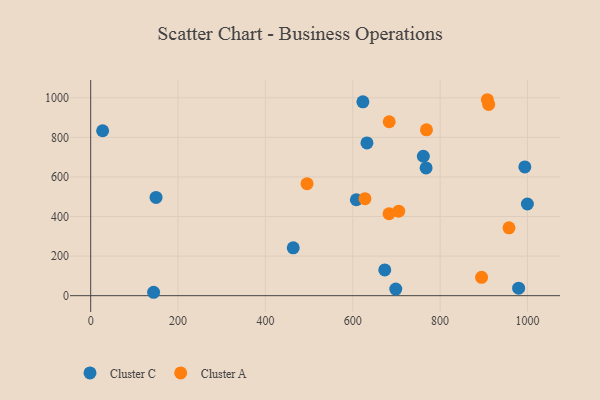
{"axis": {"x": "Experience", "y": "Sales"}, "legend": ["Cluster A", "Cluster C"], "data": [{"x": "673.3", "y": 130.3, "type": "Cluster C"}, {"x": "979.8", "y": 38.1, "type": "Cluster C"}, {"x": "632.5", "y": 771.7, "type": "Cluster C"}, {"x": "999.8", "y": 463.2, "type": "Cluster C"}, {"x": "608.2", "y": 484.6, "type": "Cluster C"}, {"x": "149.6", "y": 496.6, "type": "Cluster C"}, {"x": "463.7", "y": 241.7, "type": "Cluster C"}, {"x": "698.5", "y": 33.3, "type": "Cluster C"}, {"x": "767.9", "y": 645.7, "type": "Cluster C"}, {"x": "27.3", "y": 833.4, "type": "Cluster C"}, {"x": "994.0", "y": 650.6, "type": "Cluster C"}, {"x": "144.0", "y": 17.2, "type": "Cluster C"}, {"x": "623.2", "y": 979.3, "type": "Cluster C"}, {"x": "761.6", "y": 704.5, "type": "Cluster C"}, {"x": "683.4", "y": 878.8, "type": "Cluster A"}, {"x": "911.2", "y": 966.3, "type": "Cluster A"}, {"x": "683.0", "y": 414.0, "type": "Cluster A"}, {"x": "768.8", "y": 838.2, "type": "Cluster A"}, {"x": "908.2", "y": 990.1, "type": "Cluster A"}, {"x": "957.7", "y": 342.8, "type": "Cluster A"}, {"x": "894.9", "y": 92.8, "type": "Cluster A"}, {"x": "627.9", "y": 490.2, "type": "Cluster A"}, {"x": "495.3", "y": 565.8, "type": "Cluster A"}, {"x": "705.2", "y": 427.2, "type": "Cluster A"}]}